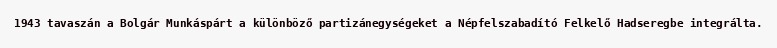
1943 tavaszán a Bolgár Munkáspárt a különböző partizánegységeket a Népfelszabadító Felkelő Hadseregbe integrálta.